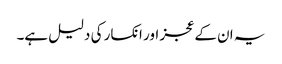
یہ ان کے عجز اور انکسار کی دلیل ہے۔